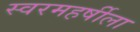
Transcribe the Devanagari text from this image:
स्वरमहर्षीला